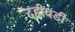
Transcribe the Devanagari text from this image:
दहीवडी